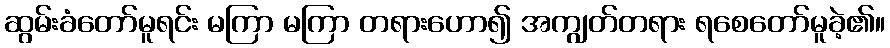
ဆွမ်းခံတော်မူရင်း မကြာ မကြာ တရားဟော၍ အကျွတ်တရား ရစေတော်မူခဲ့၏။